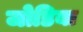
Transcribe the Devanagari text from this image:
जोडिया